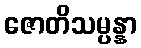
ဇောတိသမ္ပန္နာ